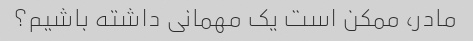
مادر، ممکن است یک مهمانی داشته باشیم؟